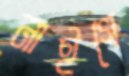
নাইগে